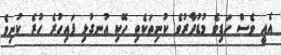
އެއީ ވެސް ހަޑިވެ މުޑުދާރުވެ ކުނިތަކެތި ހޭކި އުނގުޅި ފައިހުރެ ހުރެ ކުނިވެ